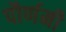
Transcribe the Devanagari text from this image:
पौर्णमी